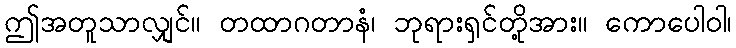
ဤအတူသာလျှင်။ တထာဂတာနံ၊ ဘုရားရှင်တို့အား။ ကောပေါဝါ၊